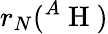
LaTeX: r_{N}({}^{A}\mathrm{~H~})